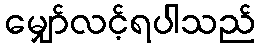
မျှော်လင့်ရပါသည်